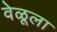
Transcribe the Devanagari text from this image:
वेळूला